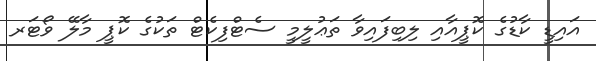
އައިޑީ ކާޑުގެ ކޮޕީއާއި ލިބިފައިވާ ތަޢުލީމީ ސެޓްފިކެޓް ތަކުގެ ކޮޕީ މާލޭ ވޯޓަރ